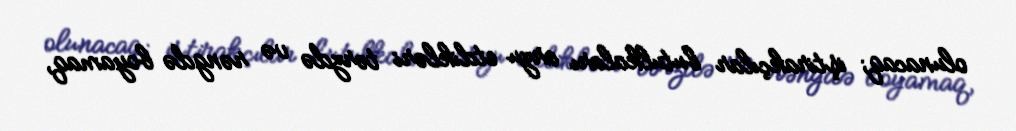
olunacaq; iştirakçılar butulkaları arzu etdikləri tərzdə və rəngdə boyamaq,